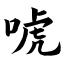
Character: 唬